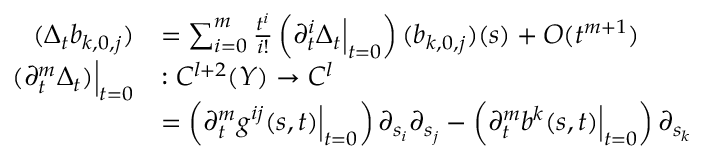
\begin{array} { r l } { ( \Delta _ { t } b _ { k , 0 , j } ) } & { = \sum _ { i = 0 } ^ { m } \frac { t ^ { i } } { i ! } \left( \partial _ { t } ^ { i } \Delta _ { t } \Big | _ { t = 0 } \right) ( b _ { k , 0 , j } ) ( s ) + O ( t ^ { m + 1 } ) } \\ { ( \partial _ { t } ^ { m } \Delta _ { t } ) \Big | _ { t = 0 } } & { : C ^ { l + 2 } ( Y ) \to C ^ { l } } \\ & { = \left( \partial _ { t } ^ { m } g ^ { i j } ( s , t ) \Big | _ { t = 0 } \right) \partial _ { s _ { i } } \partial _ { s _ { j } } - \left( \partial _ { t } ^ { m } b ^ { k } ( s , t ) \Big | _ { t = 0 } \right) \partial _ { s _ { k } } } \end{array}